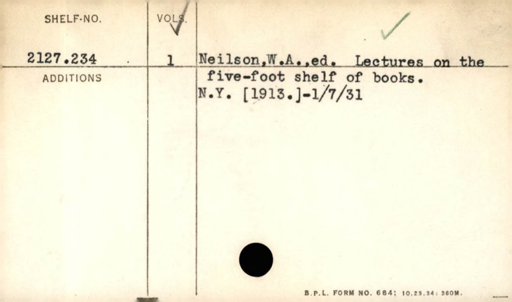
Label: content